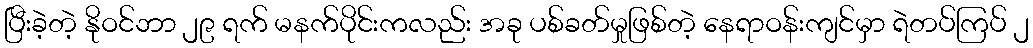
ပြီးခဲ့တဲ့ နိုဝင်ဘာ ၂၉ ရက် မနက်ပိုင်းကလည်း အခု ပစ်ခတ်မှုဖြစ်တဲ့ နေရာဝန်းကျင်မှာ ရဲတပ်ကြပ် ၂